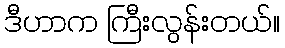
ဒီဟာက ကြီးလွန်းတယ်။